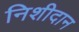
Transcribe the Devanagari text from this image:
निशीदान